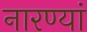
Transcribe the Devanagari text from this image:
नारण्यां